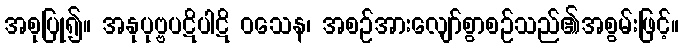
အစုပြု၍။ အနုပုဗ္ဗပဋိပါဋိ ဝသေန၊ အစဉ်အားလျော်စွာစဉ်သည်၏အစွမ်းဖြင့်။